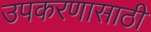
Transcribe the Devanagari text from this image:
उपकरणासाठी